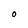
Character: O